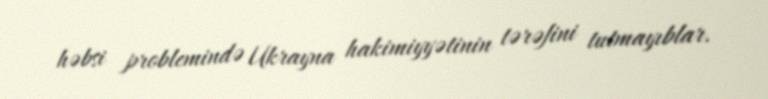
həbsi problemində Ukrayna hakimiyyətinin tərəfini tutmayıblar.